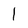
Character: 1